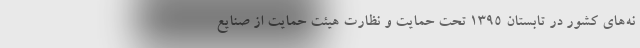
نه‌های کشور در تابستان ۱۳۹۵ تحت حمایت و نظارت هیئت حمایت از صنایع